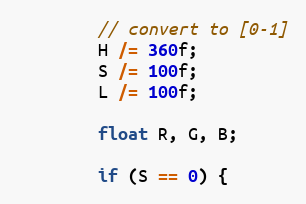
Language: Java
        // convert to [0-1]
        H /= 360f;
        S /= 100f;
        L /= 100f;

        float R, G, B;

        if (S == 0) {